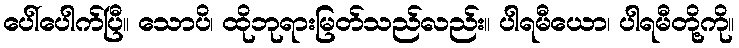
ပေါ်ပေါက်ပြီ။ သောပိ၊ ထိုဘုရားမြတ်သည်လည်း။ ပါရမီယော၊ ပါရမီတို့ကို။